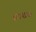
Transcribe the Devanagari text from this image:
४१४७